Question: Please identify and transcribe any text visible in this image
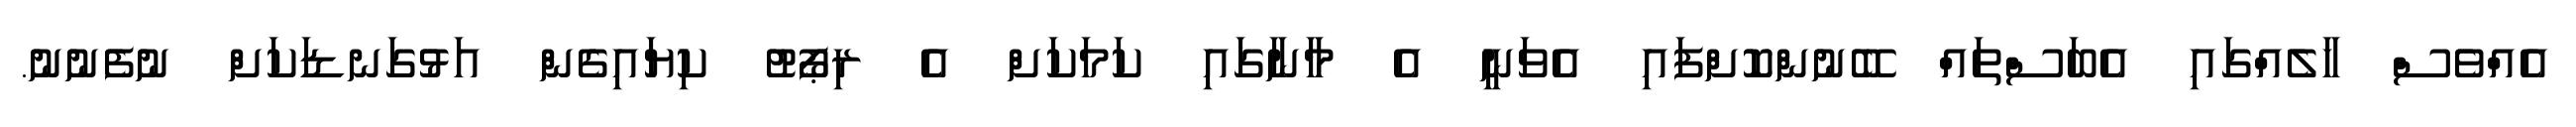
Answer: އެއްވެސް ހާލެއްގައި އެބަސްތައް ބޭނުންކޮށްފައި އެވަނީ އެ މާނާގައި ކަމަކަށް އެ ރިޕޯޓު ކިޔައިގެން އަޅުގަނޑަކަށް ނުފެނުނު.